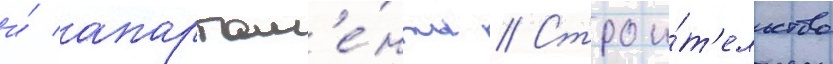
и́ апартам'е́нты // Строи́т'ельство